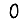
Digit: 0